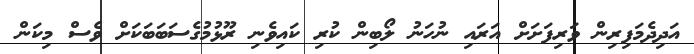
އަދިދެމަފިރިން ވަރިފަށަށް އަރައި ނުހަނު ލޯބިން ކުރި ކައިވެނި ރޫޅުމުގެސަބަބަކަށް ވެސް މިކަން